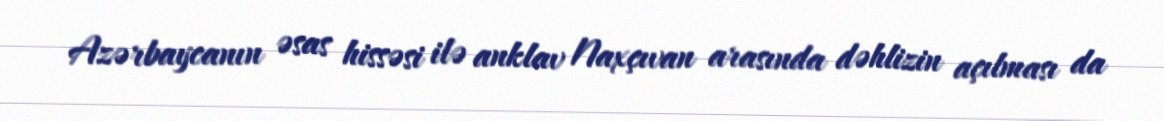
Azərbaycanın əsas hissəsi ilə anklav Naxçıvan arasında dəhlizin açılması da